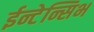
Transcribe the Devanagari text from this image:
ईन्टेन्सिभ